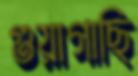
গুয়াগাছি